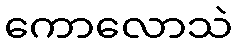
ကောလောသဲ